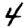
Digit: 4